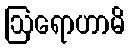
ဩရောဟာမိ